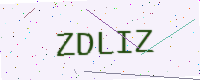
Text: ZDLIZ